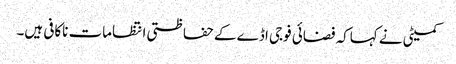
کمیٹی نے کہاکہ فضائی فوجی اڈے کے حفاظتی انتظامات ناکافی ہیں۔